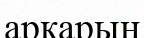
арқарын